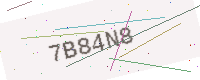
Text: 7B84N8